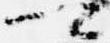
卿